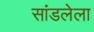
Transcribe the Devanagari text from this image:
सांडलेला